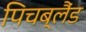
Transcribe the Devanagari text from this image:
पिचब्लैंड